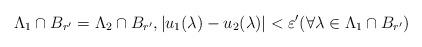
LaTeX: \begin{align*} \Lambda_1\cap B_{r'} = \Lambda_2\cap B_{r'}, |u_1(\lambda)-u_2(\lambda)| < \varepsilon' (\forall \lambda\in \Lambda_1\cap B_{r'}) \end{align*}